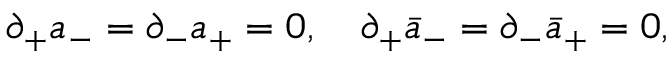
\partial _ { + } a _ { - } = \partial _ { - } a _ { + } = 0 , \quad \partial _ { + } \bar { a } _ { - } = \partial _ { - } \bar { a } _ { + } = 0 ,